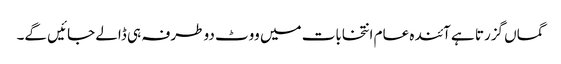
گماں گزرتا ہے آئندہ عام انتخابات میں ووٹ دو طرفہ ہی ڈالے جائیں گے۔